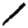
Digit: 1